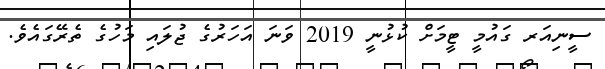
ސީނިއަރ ގައުމީ ޓީމަށް ކުޅުނީ 2019 ވަނަ އަހަރުގެ ޖުލައި މަހުގެ ތެރޭގައެވެ.